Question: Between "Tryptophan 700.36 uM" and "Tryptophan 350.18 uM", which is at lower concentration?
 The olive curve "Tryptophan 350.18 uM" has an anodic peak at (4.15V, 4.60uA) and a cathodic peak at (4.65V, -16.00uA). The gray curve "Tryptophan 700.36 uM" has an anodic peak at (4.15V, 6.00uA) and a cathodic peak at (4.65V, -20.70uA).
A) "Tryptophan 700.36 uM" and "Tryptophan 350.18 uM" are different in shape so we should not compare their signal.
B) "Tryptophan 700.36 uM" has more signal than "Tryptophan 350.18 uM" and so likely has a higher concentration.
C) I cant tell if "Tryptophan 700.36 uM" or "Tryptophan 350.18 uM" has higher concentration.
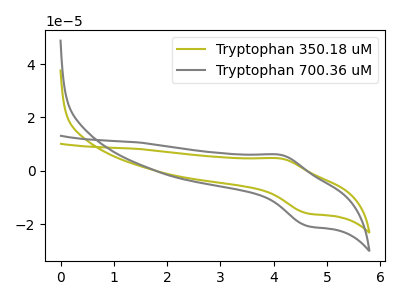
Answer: <think>All the peaks in "Tryptophan 700.36 uM" have a peak in "Tryptophan 350.18 uM" at the same potential. Every peak in "Tryptophan 700.36 uM" is higher than every peak in "Tryptophan 350.18 uM".
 </think>
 <answer>B) "Tryptophan 700.36 uM" has more signal than "Tryptophan 350.18 uM" and so likely has a higher concentration.</answer>
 <eval>B</eval>